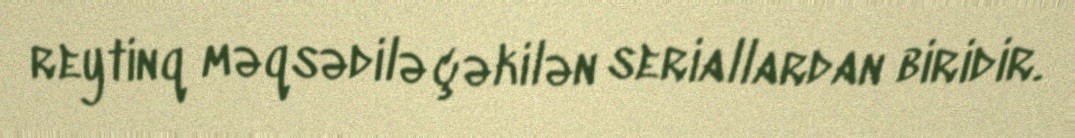
reytinq məqsədilə çəkilən seriallardan biridir.